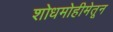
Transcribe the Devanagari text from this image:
शोधमोहीमेतून